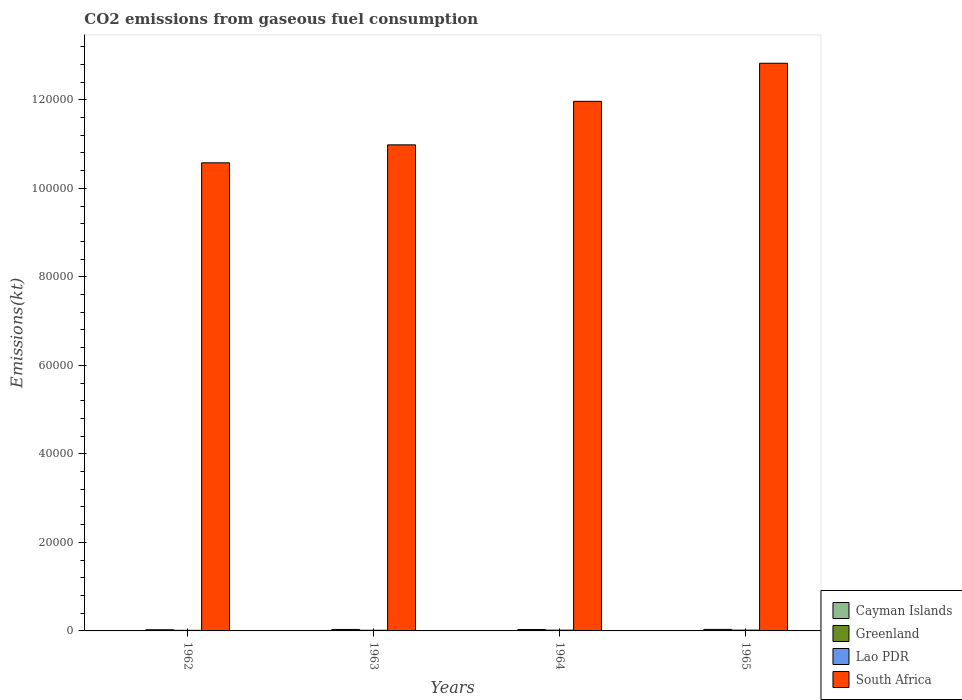
| Years | Cayman Islands | Greenland | Lao PDR | South Africa |
 | --- | --- | --- | --- | --- |
 | 1962 | 11 | 264 | 132 | 1.06e+05 |
 | 1963 | 11 | 330 | 147 | 1.1e+05 |
 | 1964 | 11 | 315 | 172 | 1.2e+05 |
 | 1965 | 11 | 345 | 180 | 1.28e+05 |